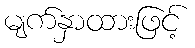
မျက်နှာထားဖြင့်